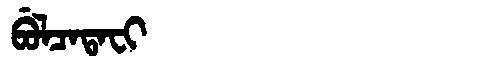
Manchu: ᠪᡠᠯᠴᠠᡨᠠᠸᡳ
Romanization: BULCATAFI